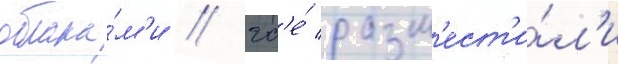
облака́м'и / гд'е́ разм'ест'и́л'и